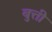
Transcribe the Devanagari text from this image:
बुत्ती